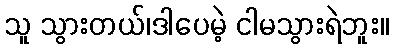
သူ သွားတယ်၊ဒါပေမဲ့ ငါမသွားရဲဘူး။